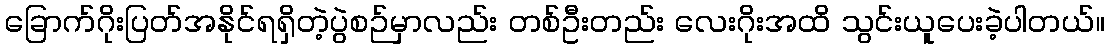
ခြောက်ဂိုးပြတ်အနိုင်ရရှိတဲ့ပွဲစဉ်မှာလည်း တစ်ဦးတည်း လေးဂိုးအထိ သွင်းယူပေးခဲ့ပါတယ်။